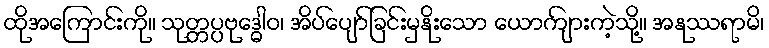
ထိုအကြောင်းကို။ သုတ္တပ္ပဗုဒ္ဓေါဝ၊ အိပ်ပျော်ခြင်းမှနိုးသော ယောကျ်ားကဲ့သို့။ အနုဿရာမိ၊